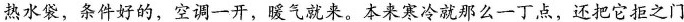
热水袋，条件好的，空调一开，暖气就来。本来寒冷就那么一丁点，还把它拒之门